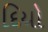
દિયો